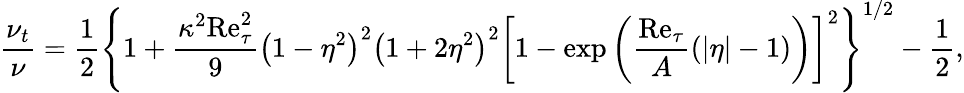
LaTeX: \frac{\nu_{t}}{\nu}=\frac{1}{2}\left\{ 1+\frac{\kappa^{2}\mathrm{Re}_{\tau}^{2}}{9}\left(1-\eta^{2}\right)^{2}\left(1+2\eta^{2}\right)^{2}\left[1-\mathrm{exp}\left(\frac{\mathrm{Re}_{\tau}}{A}\left(|\eta|-1\right)\right)\right]^{2}\right\} ^{1/2}-\frac{1}{2},